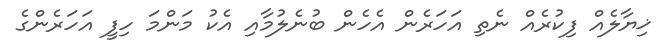
ޚިޔާލެއް ފިކުރެއް ނެތި އަހަރެން އެހެން ބުނެލުމާއި އެކު މަންމަ ހިފީ އަހަރެންގެ